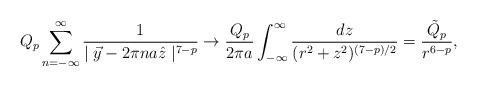
LaTeX: \begin{align*}Q_p \sum_{n = - \infty}^\infty \frac{1}{\mid \vec{y} - 2\pi n a \hat{z} \mid^{7 - p}} \rightarrow \frac{Q_p}{2\pi a} \int_{- \infty}^\infty \frac{dz}{(r^2 + z^2)^{(7 - p)/2}}= \frac{\tilde{Q}_p}{ r^{6 - p}},\end{align*}